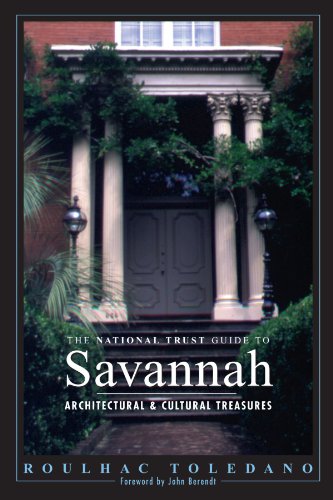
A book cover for The National Trust Guide to Savannah; Roulhac Toledano; Travel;